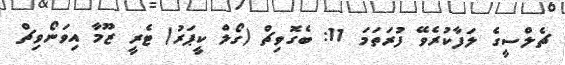
ޗެލްސީގެ ލަފާކުރެވޭ ފުރަތަމަ 11: ބެގޮވިޗް (ގޯލް ކީޕަރު) ޓެރީ ޒޫމާ އިވަނޯވިޗް